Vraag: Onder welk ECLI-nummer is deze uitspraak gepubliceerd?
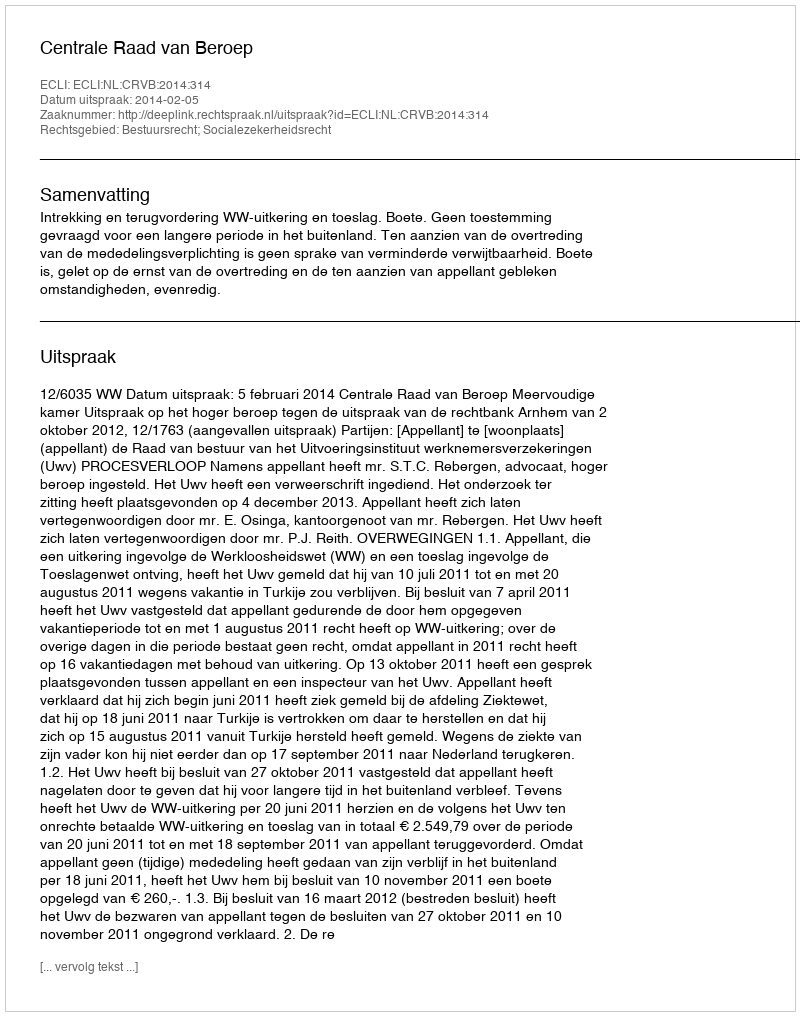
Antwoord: ECLI:NL:CRVB:2014:314